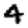
Digit: 4